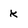
Character: k